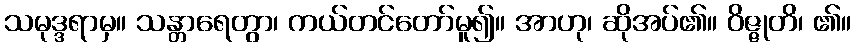
သမုဒ္ဒရာမှ။ သန္တာရေတွာ၊ ကယ်တင်တော်မူ၍။ အာဟု၊ ဆိုအပ်၏။ ဝိဇ္ဇုတိ၊ ၏။